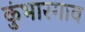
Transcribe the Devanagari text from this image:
कुंभारगाव